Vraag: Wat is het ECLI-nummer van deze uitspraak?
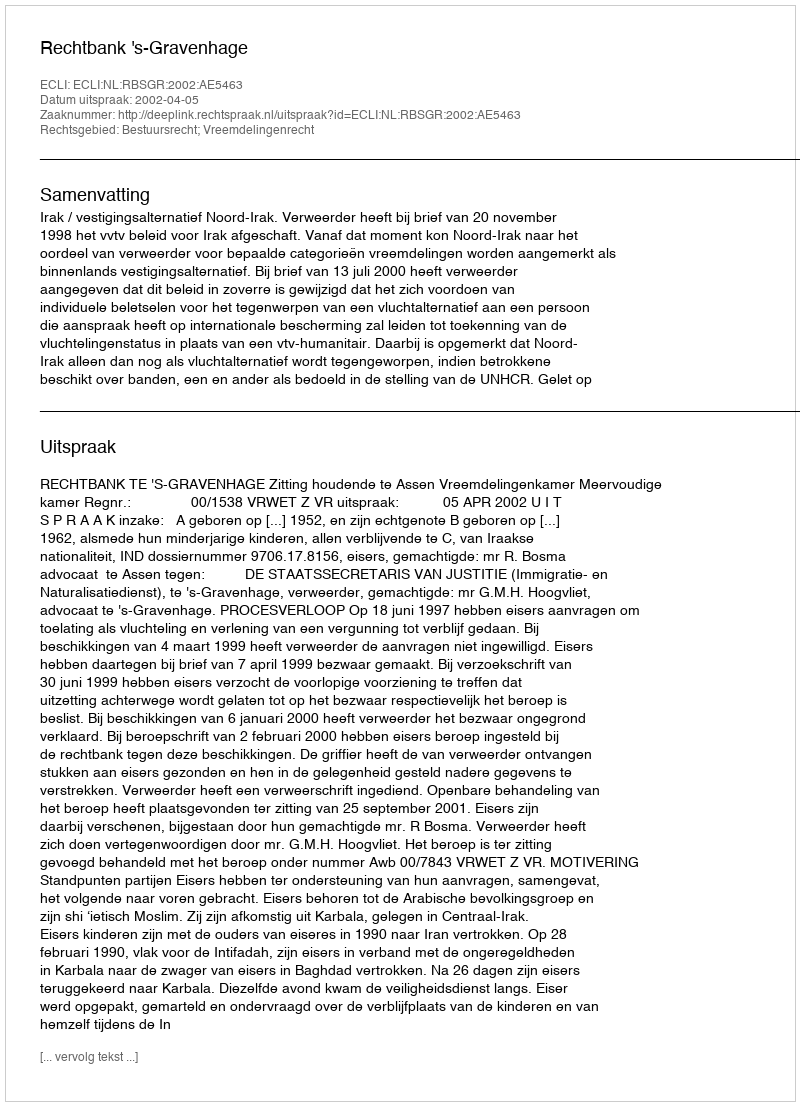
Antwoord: ECLI:NL:RBSGR:2002:AE5463